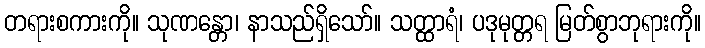
တရားစကားကို။ သုဏန္တော၊ နာသည်ရှိသော်။ သတ္ထာရံ၊ ပဒုမုတ္တရ မြတ်စွာဘုရားကို။